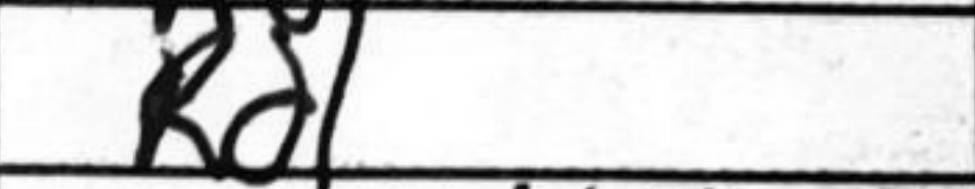
Transcription: Rd1